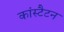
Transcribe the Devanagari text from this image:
कांस्टैटन